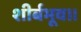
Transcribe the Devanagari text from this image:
शीर्बभूव॥